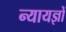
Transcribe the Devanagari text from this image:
न्यायज्ञों